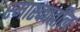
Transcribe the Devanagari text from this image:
स्मारकातील